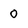
Character: 0